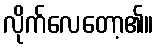
လိုက်လေတော့၏။